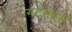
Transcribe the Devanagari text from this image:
गटनबर्ग